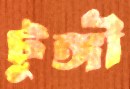
টুঙ্গী